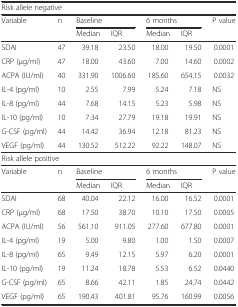
| <COLSPAN=7> Risk allele negative |
 | Variable | n | <COLSPAN=2> Baseline | <COLSPAN=2> 6 months | P value |
 |  |  | Median | IQR | Median | IQR |  |
 | --- | --- | --- | --- | --- | --- | --- |
 | SDAI | 47 | 39.18 | 23.50 | 18.00 | 19.50 | 0.0001 |
 | CRP (μg/ml) | 47 | 18.00 | 43.60 | 7.00 | 14.60 | 0.0002 |
 | ACPA (IU/ml) | 40 | 331.90 | 1006.60 | 185.60 | 654.15 | 0.0032 |
 | IL-4 (pg/ml) | 10 | 2.55 | 7.99 | 5.24 | 7.18 | NS |
 | IL-8 (pg/ml) | 44 | 7.68 | 14.15 | 5.23 | 5.98 | NS |
 | IL-10 (pg/ml) | 10 | 7.34 | 27.79 | 19.18 | 19.91 | NS |
 | G-CSF (pg/ml) | 44 | 14.42 | 36.94 | 12.18 | 81.23 | NS |
 | VEGF (pg/ml) | 44 | 130.52 | 512.22 | 92.22 | 148.07 | NS |
 | <COLSPAN=7> Risk allele positive |
 | Variable | n | <COLSPAN=2> Baseline | <COLSPAN=2> 6 months | P value |
 |  |  | Median | IQR | Median | IQR |  |
 | SDAI | 68 | 40.04 | 22.12 | 16.00 | 16.52 | 0.0001 |
 | CRP (μg/ml) | 68 | 17.50 | 38.70 | 10.10 | 17.50 | 0.0005 |
 | ACPA (IU/ml) | 56 | 561.10 | 911.05 | 277.60 | 677.80 | 0.0001 |
 | IL-4 (pg/ml) | 19 | 5.00 | 9.80 | 1.00 | 1.50 | 0.0007 |
 | IL-8 (pg/ml) | 65 | 9.49 | 12.15 | 5.97 | 6.20 | 0.0001 |
 | IL-10 (pg/ml) | 19 | 11.24 | 18.78 | 5.53 | 6.52 | 0.0440 |
 | G-CSF (pg/ml) | 65 | 8.66 | 42.11 | 1.85 | 24.74 | 0.0442 |
 | VEGF (pg/ml) | 65 | 190.43 | 401.81 | 95.76 | 160.99 | 0.0056 |